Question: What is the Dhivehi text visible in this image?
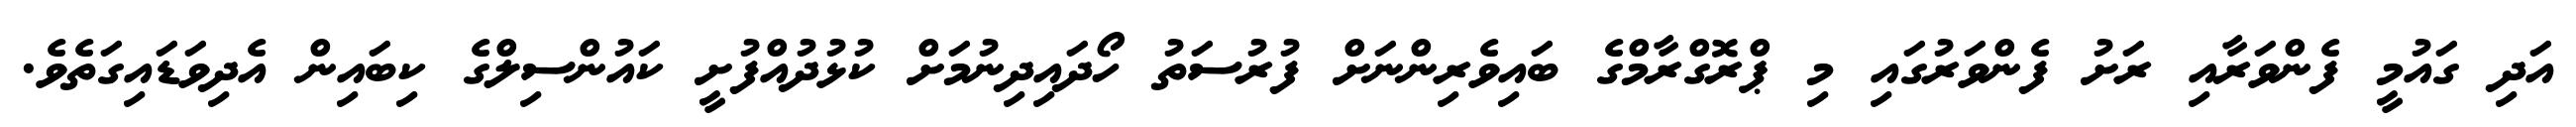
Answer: އަދި ގައުމީ ފެންވަރާއި ރަށު ފެންވަރުގައި މި ޕްރޮގްރާމްގެ ބައިވެރިންނަށް ފުރުސަތު ހޯދައިދިނުމަށް ކުޅުދުއްފުށީ ކައުންސިލްގެ ކިބައިން އެދިވަޑައިގަތެވެ.